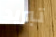
تبريد